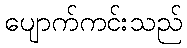
ပျောက်ကင်းသည်